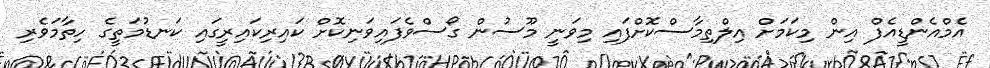
އެމްއެންޑީއެފް އިން މިކަމަށް އިލްތިމާސްކޮށްފައި މިވަނީ މޫސުން ގޯސްވެފައިވަނިކޮށް ކައިރިކައިރީގައި ކަނޑުމަތީގެ ހިތާމަވެރި